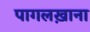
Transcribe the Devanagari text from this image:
पागलख़ाना